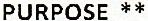
PURPOSE **